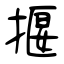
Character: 揠